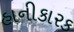
હાનીકારક